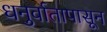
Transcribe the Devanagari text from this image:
धनुर्वातापासून